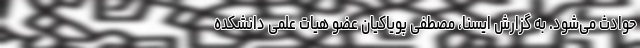
حوادث می‌­شود. به گزارش ایسنا، مصطفی پویاکیان عضو هیات علمی دانشکده